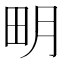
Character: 𤰾